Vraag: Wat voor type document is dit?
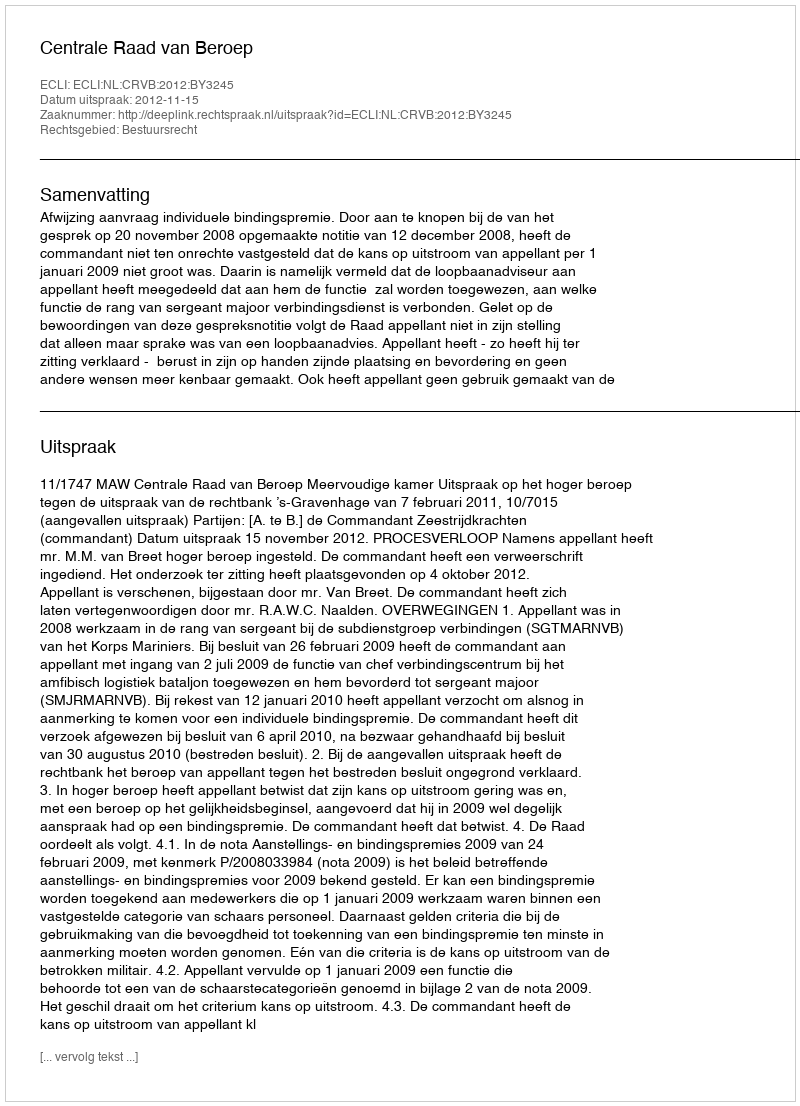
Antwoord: Uitspraak